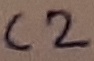
Text: C2